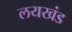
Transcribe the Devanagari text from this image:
लयखंड